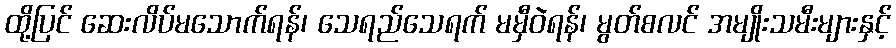
ထို့ပြင် ဆေးလိပ်မသောက်ရန်၊ သေရည်သေရက် မမှီဝဲရန်၊ မွတ်စလင် အမျိုးသမီးများနှင့်